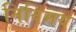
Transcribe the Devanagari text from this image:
निविमय